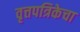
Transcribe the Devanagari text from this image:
वृत्तपत्रिकेचा